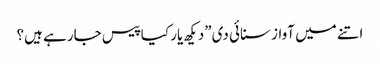
اتنے میں آواز سنائی دی”دیکھ یار کیا پیس جارہے ہیں؟